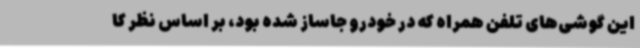
این گوشی‌های تلفن همراه که در خودرو جاساز شده بود، بر اساس نظر کا